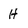
Character: H